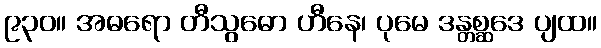
၉၃၀။ အဓရော တီသွဓော ဟီနေ၊ ပုမေ ဒန္တစ္ဆဒေ ပျထ။